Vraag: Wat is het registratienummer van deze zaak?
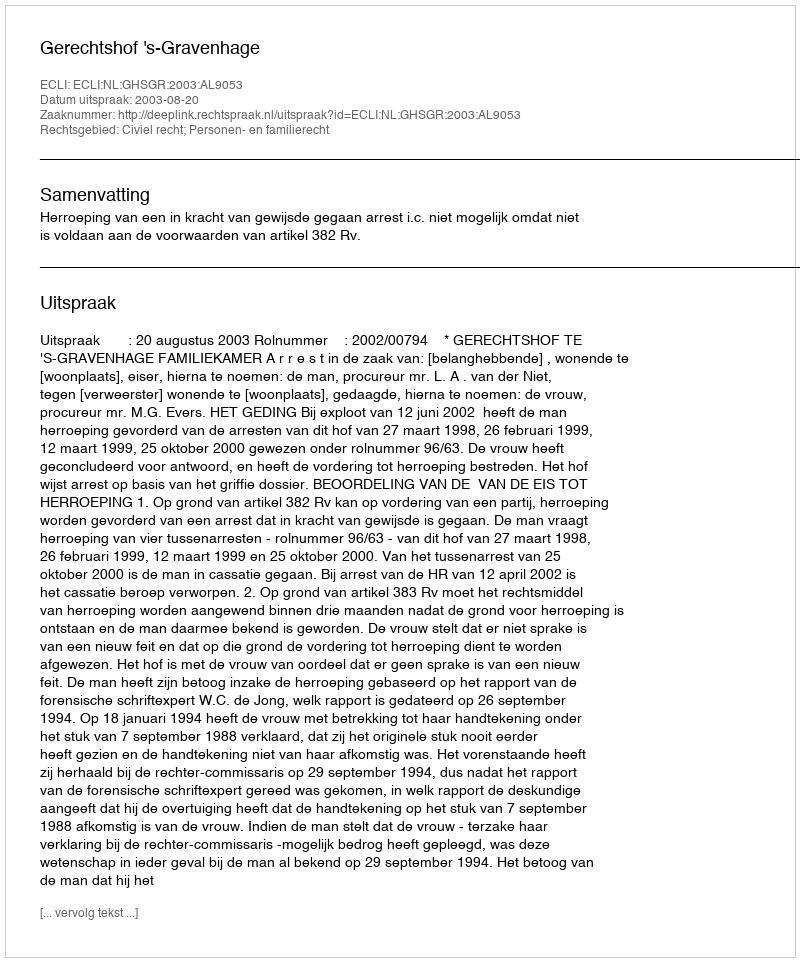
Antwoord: http://deeplink.rechtspraak.nl/uitspraak?id=ECLI:NL:GHSGR:2003:AL9053